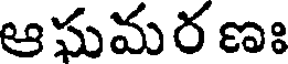
ఆఘమర ణః